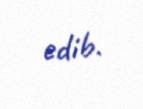
edib.